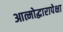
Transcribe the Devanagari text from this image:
आत्मोद्धारापेक्षा